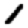
Digit: 1